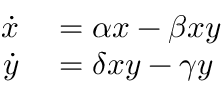
\begin{array} { r l } { \dot { x } } & { { } = \alpha x - \beta x y } \\ { \dot { y } } & { { } = \delta x y - \gamma y } \end{array}